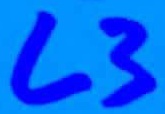
Text: L3